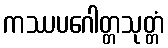
ကဿပဂေါတ္တသုတ္တံ